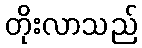
တိုးလာသည်